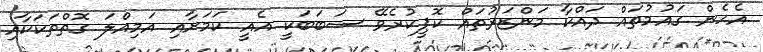
އެހެން ގައުމުތައް ދައްކާ މަންޒަރުތައް ކޮޕީކުރެވޭ ސަބަބަކީ އެއީ ކަމަށާއި އަމިއްލަ ގޮތްތަކަކާއި